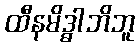
ထီနမိဒ္ဓါဘိဘူ